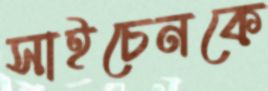
সাইচেনকে